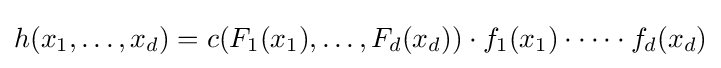
h(x_{1},\dots ,x_{d})=c(F_{1}(x_{1}),\dots ,F_{d}(x_{d}))\cdot f_{1}(x_{1})\cdot \dots \cdot f_{d}(x_{d})